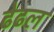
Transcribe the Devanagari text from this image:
ढेढल